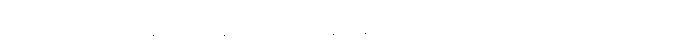
တတ္ထ၊ ထိုမနာယတနံ ပါဌ်၌။ နိဝါသဋ္ဌာနတ္ထေန၊ နေရာဟူသော အနက်ကြောင့်လည်းကောင်း။